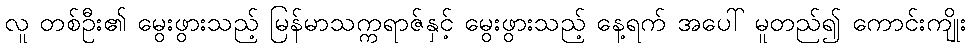
လူ တစ်ဦး၏ မွေးဖွားသည့် မြန်မာသက္ကရာဇ်နှင့် မွေးဖွားသည့် နေ့ရက် အပေါ် မူတည်၍ ကောင်းကျိုး